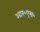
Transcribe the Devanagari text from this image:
आर॰एस॰